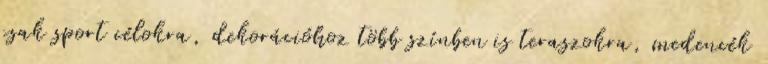
csak sport célokra, dekorációhoz több színben is teraszokra, medencék